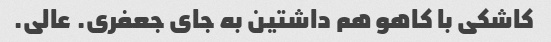
کاشکی با کاهو هم داشتین به جای جعفری. عالی.